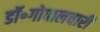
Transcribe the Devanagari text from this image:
डॉ॰गोपालचारी